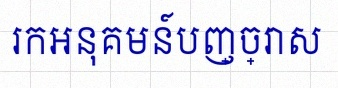
រកអនុគមន៍បញ្ច្រាស